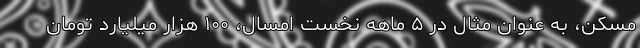
مسکن، به عنوان مثال در ۵ ماهه نخست امسال، ۱۰۰ هزار میلیارد تومان